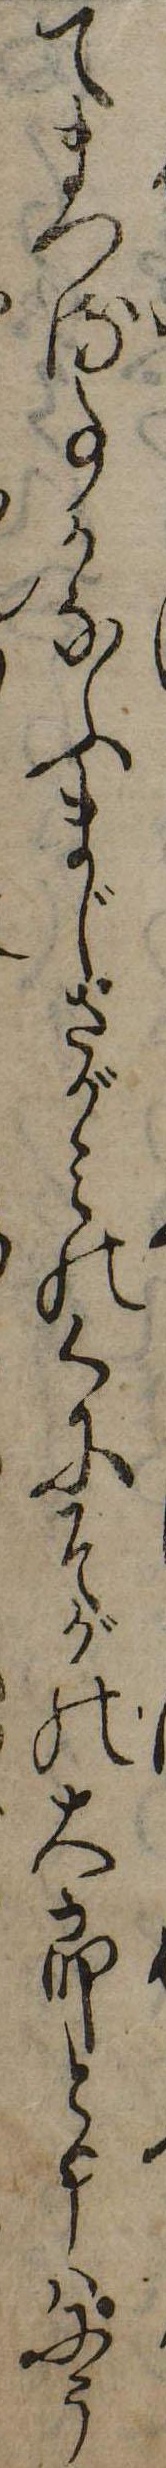
てまつる事かなふまじさがみのくにそがの大郎と申はにう